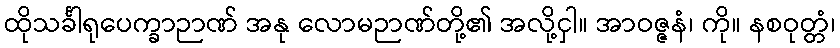
ထိုသင်္ခါရုပေက္ခာဉာဏ် အနု လောမဉာဏ်တို့၏ အလို့ငှါ။ အာဝဇ္ဇနံ၊ ကို။ နစဝုတ္တံ၊